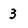
Character: 3